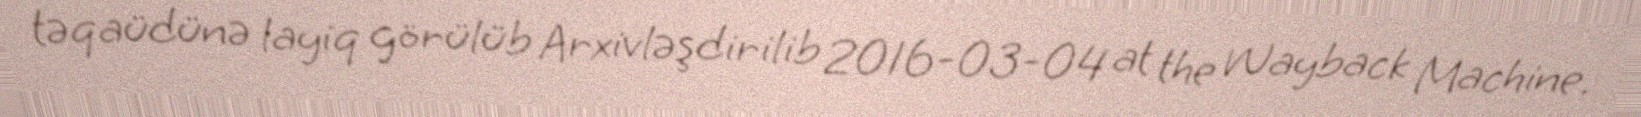
təqaüdünə layiq görülüb Arxivləşdirilib 2016-03-04 at the Wayback Machine.